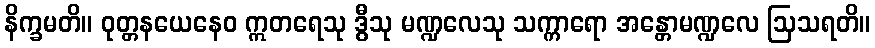
နိက္ခမတိ။ ဝုတ္တနယေနေဝ ဣတရေသု ဒွီသု မဏ္ဍလေသု သက္ကာရော အန္တောမဏ္ဍလေ ဩသရတိ။